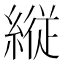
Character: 縦